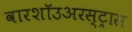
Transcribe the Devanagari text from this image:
वारशॉउअरस्ट्रास